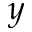
y